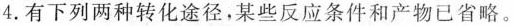
4. 有下列两种转化途径，某些反应条件和产物已省略。